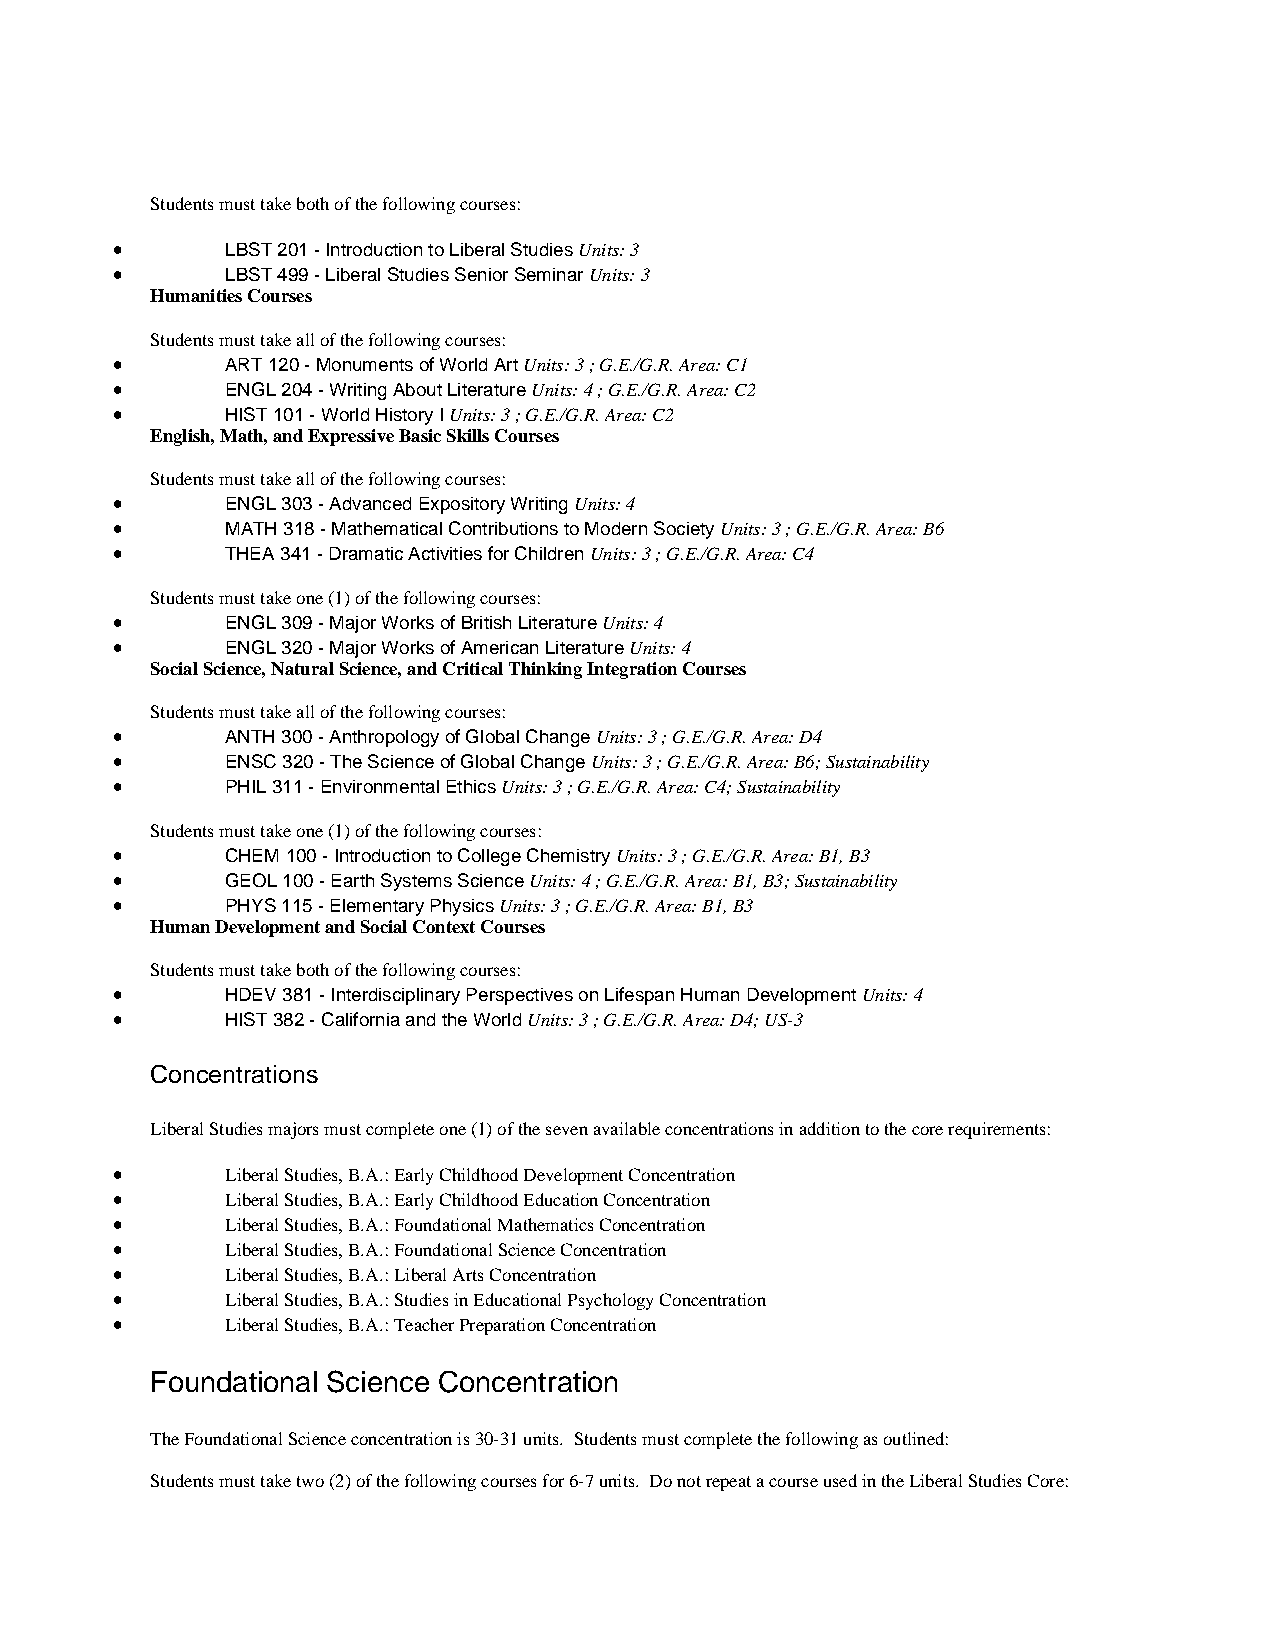
Students must take both of the following courses:
 •       LBST 201 - Introduction to Liberal Studies Units: 3
 •       LBST 499 - Liberal Studies Senior Seminar Units: 3
 Humanities Courses
 Students must take all of the following courses:
 •       ART 120 - Monuments of World Art Units: 3 ; G.E./G.R. Area: C1
 •       ENGL 204 - Writing About Literature Units: 4 ; G.E./G.R. Area: C2
 •       HIST 101 - World History I Units: 3 ; G.E./G.R. Area: C2
 English, Math, and Expressive Basic Skills Courses
 Students must take all of the following courses:
 •       ENGL 303 - Advanced Expository Writing Units: 4
 •       MATH 318 - Mathematical Contributions to Modern Society Units: 3 ; G.E./G.R. Area: B6
 •       THEA 341 - Dramatic Activities for Children Units: 3 ; G.E./G.R. Area: C4
 Students must take one (1) of the following courses:
 •       ENGL 309 - Major Works of British Literature Units: 4
 •       ENGL 320 - Major Works of American Literature Units: 4
 Social Science, Natural Science, and Critical Thinking Integration Courses
 Students must take all of the following courses:
 •       ANTH 300 - Anthropology of Global Change Units: 3 ; G.E./G.R. Area: D4
 •       ENSC 320 - The Science of Global Change Units: 3 ; G.E./G.R. Area: B6; Sustainability
 •       PHIL 311 - Environmental Ethics Units: 3 ; G.E./G.R. Area: C4; Sustainability
 Students must take one (1) of the following courses:
 •       CHEM 100 - Introduction to College Chemistry Units: 3 ; G.E./G.R. Area: B1, B3
 •       GEOL 100 - Earth Systems Science Units: 4 ; G.E./G.R. Area: B1, B3; Sustainability
 •       PHYS 115 - Elementary Physics Units: 3 ; G.E./G.R. Area: B1, B3
 Human Development and Social Context Courses
 Students must take both of the following courses:
 •       HDEV 381 - Interdisciplinary Perspectives on Lifespan Human Development Units: 4
 •       HIST 382 - California and the World Units: 3 ; G.E./G.R. Area: D4; US-3
 Concentrations
 Liberal Studies majors must complete one (1) of the seven available concentrations in addition to the core requirements:
 •       Liberal Studies, B.A.: Early Childhood Development Concentration
 •       Liberal Studies, B.A.: Early Childhood Education Concentration
 •       Liberal Studies, B.A.: Foundational Mathematics Concentration
 •       Liberal Studies, B.A.: Foundational Science Concentration
 •       Liberal Studies, B.A.: Liberal Arts Concentration
 •       Liberal Studies, B.A.: Studies in Educational Psychology Concentration
 •       Liberal Studies, B.A.: Teacher Preparation Concentration
 Foundational Science Concentration
 The Foundational Science concentration is 30-31 units. Students must complete the following as outlined:
 Students must take two (2) of the following courses for 6-7 units. Do not repeat a course used in the Liberal Studies Core: